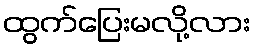
ထွက်ပြေးမလို့လား